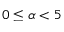
0 \leq \alpha < 5